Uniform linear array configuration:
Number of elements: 8
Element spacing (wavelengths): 1
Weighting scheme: exponential
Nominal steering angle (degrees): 0
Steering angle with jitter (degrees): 1.357
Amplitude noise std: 0.05
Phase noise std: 0.05

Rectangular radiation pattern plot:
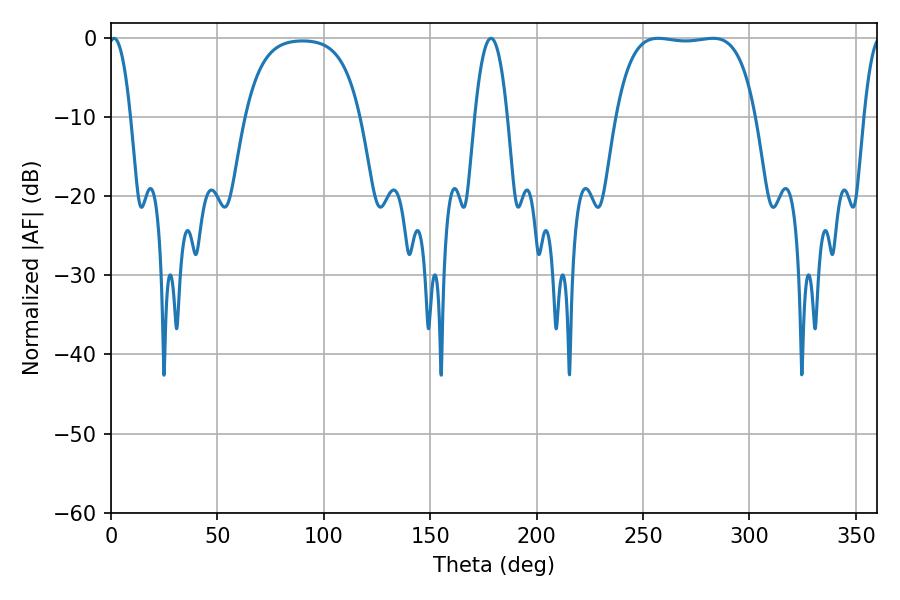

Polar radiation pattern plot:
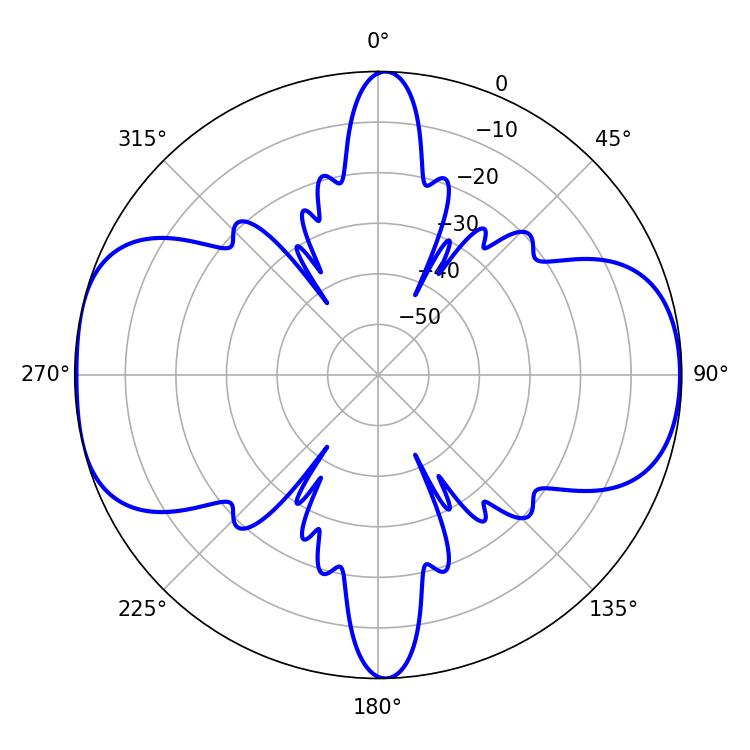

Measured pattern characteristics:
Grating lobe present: TRUE
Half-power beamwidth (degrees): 5.58
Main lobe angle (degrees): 1.44